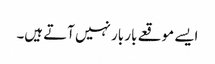
ایسے موقعے بار بار نہیں آتے ہیں۔